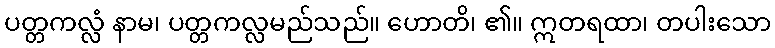
ပတ္တကလ္လံ နာမ၊ ပတ္တကလ္လမည်သည်။ ဟောတိ၊ ၏။ ဣတရထာ၊ တပါးသော